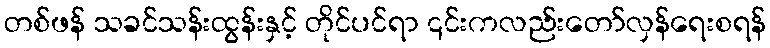
တစ်ဖန် သခင်သန်းထွန်းနှင့် တိုင်ပင်ရာ ၎င်းကလည်းတော်လှန်ရေးစရန်